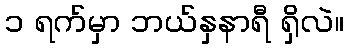
၁ ရက်မှာ ဘယ်နှနာရီ ရှိလဲ။